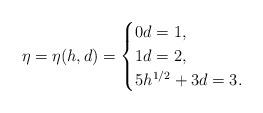
LaTeX: \begin{align*}\eta = \eta(h,d) =\begin{cases}0 d = 1,\\1 d = 2,\\5h^{1/2} + 3 d = 3.\\\end{cases}\end{align*}